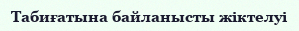
Табиғатына байланысты жіктелуі